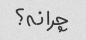
چرا نه؟